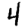
Digit: 4